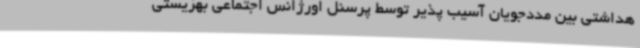
هداشتی بین مددجویان آسیب پذیر توسط پرسنل اورژانس اجتماعی بهزیستی